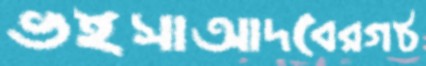
ভইসাআদবেরগঠ